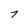
Character: 7